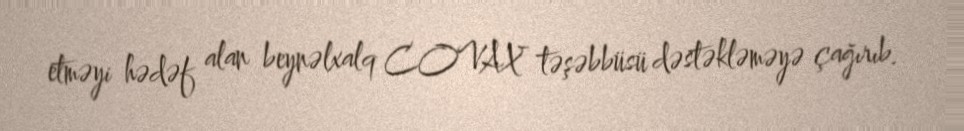
etməyi hədəf alan beynəlxalq COVAX təşəbbüsü dəstəkləməyə çağırıb.